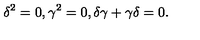
\delta ^ { 2 } = 0 , \gamma ^ { 2 } = 0 , \delta \gamma + \gamma \delta = 0 .